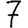
Digit: 7